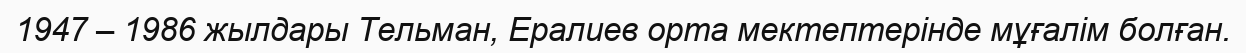
1947 – 1986 жылдары Тельман, Ералиев орта мектептерінде мұғалім болған.